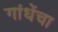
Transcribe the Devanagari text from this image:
गांधेंचा